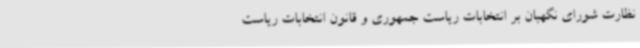
نظارت شورای نگهبان بر انتخابات ریاست جمهوری و قانون انتخابات ریاست